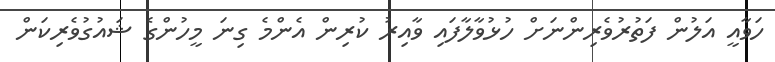
ހަވާއީ އަލުން ފަތުރުވެރިންނަށް ހުޅުވާލާފައި ވާއިރު ކުރިން އެންމެ ގިނަ މީހުންގެ ޝައުގުވެރިކަން